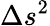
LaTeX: \Delta s^{2}